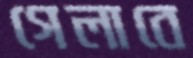
গেলাবে